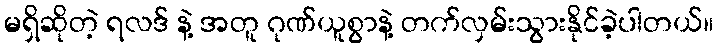
မရှိဆိုတဲ့ ရလဒ် နဲ့ အတူ ဂုဏ်ယူစွာနဲ့ တက်လှမ်းသွားနိုင်ခဲ့ပါတယ်။